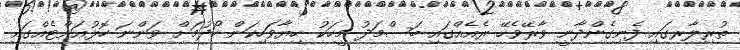
ތުރިލާރގައި ފެނިގެންދާނީ ވާރޭވެހޭ ރެއެއްގައި ބަސްމަދު މީހަކު ހިޔާވަހިކަން ހޯދުމަށް ވަންނަ ހޮޅުއަށްޓެއްގައި